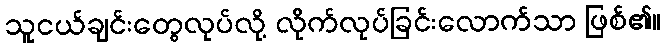
သူငယ်ချင်းတွေလုပ်လို့ လိုက်လုပ်ခြင်းလောက်သာ ဖြစ်၏။